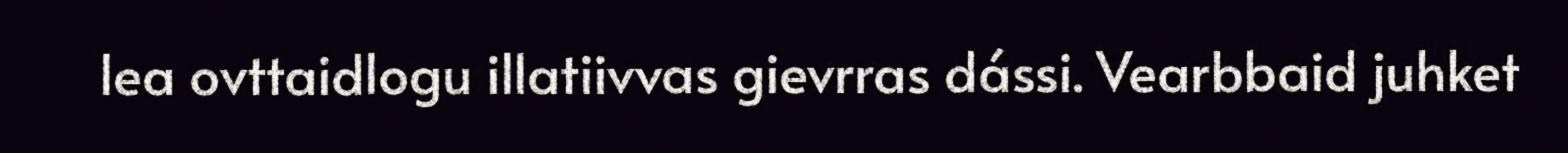
lea ovttaidlogu illatiivvas gievrras dássi. Vearbbaid juhket